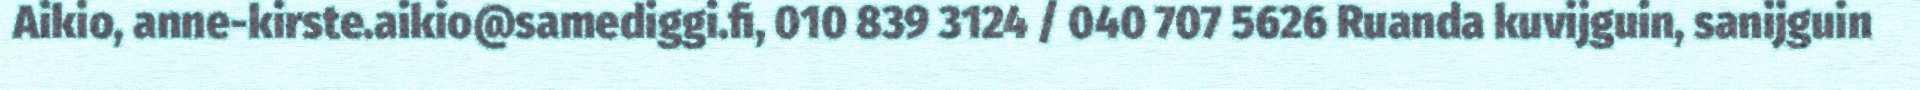
Aikio, anne-kirste.aikio@samediggi.fi, 010 839 3124 / 040 707 5626 Ruanda kuvijguin, sanijguin